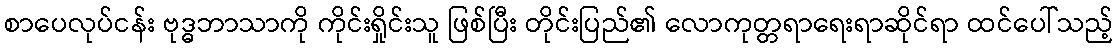
စာပေလုပ်ငန်း ဗုဒ္ဓဘာသာကို ကိုင်းရှိုင်းသူ ဖြစ်ပြီး တိုင်းပြည်၏ လောကုတ္တရာရေးရာဆိုင်ရာ ထင်ပေါ်သည့်